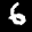
Label: 6